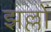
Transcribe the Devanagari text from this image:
झल्लों